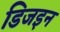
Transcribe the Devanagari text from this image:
डिजइन